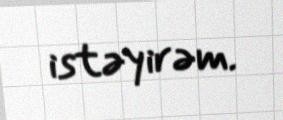
istəyirəm.